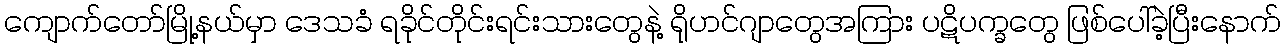
ကျောက်တော်မြို့နယ်မှာ ဒေသခံ ရခိုင်တိုင်းရင်းသားတွေနဲ့ ရိုဟင်ဂျာတွေအကြား ပဋိပက္ခတွေ ဖြစ်ပေါ်ခဲ့ပြီးနောက်